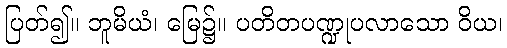
ပြတ်၍။ ဘူမိယံ၊ မြေ၌။ ပတိတပဏ္ဍုပလာသော ဝိယ၊